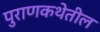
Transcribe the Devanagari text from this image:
पुराणकथेतील